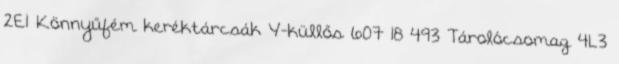
2E1 Könnyűfém keréktárcsák Y-küllős 607 18 493 Tárolócsomag 4L3